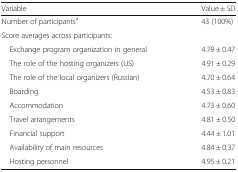
<table><thead><tr><td><b>Variable</b></td><td><b>Value ± SD</b></td></tr></thead><tbody><tr><td>Number of participants<sup>a</sup></td><td>43 (100%)</td></tr><tr><td colspan="2">Score averages across participants:</td></tr><tr><td> Exchange program organization in general</td><td>4.79 ± 0.47</td></tr><tr><td> The role of the hosting organizers (US)</td><td>4.91 ± 0.29</td></tr><tr><td> The role of the local organizers (Russian)</td><td>4.70 ± 0.64</td></tr><tr><td> Boarding</td><td>4.53 ± 0.83</td></tr><tr><td> Accommodation</td><td>4.73 ± 0.60</td></tr><tr><td> Travel arrangements</td><td>4.81 ± 0.50</td></tr><tr><td> Financial support</td><td>4.44 ± 1.01</td></tr><tr><td> Availability of main resources</td><td>4.84 ± 0.37</td></tr><tr><td> Hosting personnel</td><td>4.95 ± 0.21</td></tr></tbody></table>